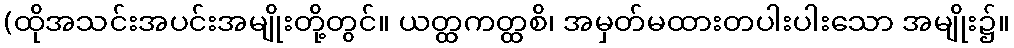
(ထိုအသင်းအပင်းအမျိုးတို့တွင်။ ယတ္ထကတ္ထစိ၊ အမှတ်မထားတပါးပါးသော အမျိုး၌။